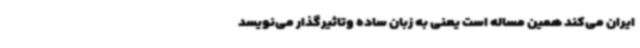
ایران می‌کند همین مساله است یعنی به زبان ساده وتاثیرگذار می‌نویسد